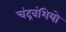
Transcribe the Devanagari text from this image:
चंद्रवंशियो